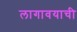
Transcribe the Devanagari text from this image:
लागावयाची